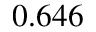
0 . 6 4 6